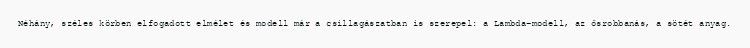
Néhány, széles körben elfogadott elmélet és modell már a csillagászatban is szerepel: a Lambda-modell, az ősrobbanás, a sötét anyag.